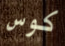
كوس